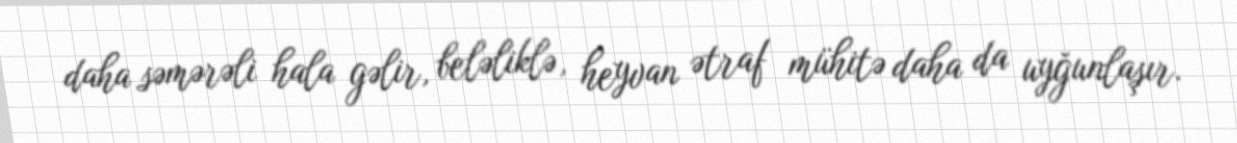
daha səmərəli hala gəlir, beləliklə, heyvan ətraf mühitə daha da uyğunlaşır.